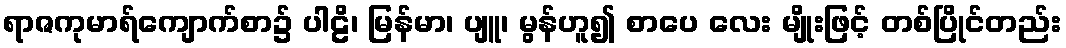
ရာဇကုမာရ်ကျောက်စာ၌ ပါဠိ၊ မြန်မာ၊ ပျူ၊ မွန်ဟူ၍ စာပေ လေး မျိုးဖြင့် တစ်ပြိုင်တည်း